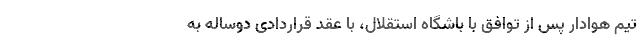
تیم هوادار پس از توافق با باشگاه استقلال، با عقد قراردادی دوساله به